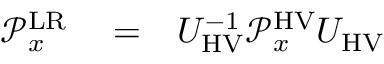
\begin{array} { r l r } { \mathcal { P } _ { x } ^ { \mathrm { L R } } } & { { } = } & { U _ { \mathrm { H V } } ^ { - 1 } \mathcal { P } _ { x } ^ { \mathrm { H V } } U _ { \mathrm { H V } } } \end{array}